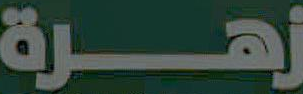
زهرة